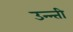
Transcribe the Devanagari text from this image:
उन्न्ती